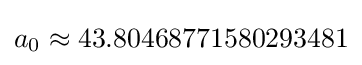
a_{0}\approx 43.80468771580293481